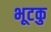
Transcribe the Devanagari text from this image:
भूटकु